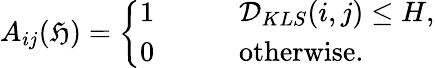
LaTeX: A_{ij}(\mathfrak{H})=\left\{ \begin{array}{ll}{1\qquad}&{\mathcal{D}_{KLS}(i,j)\leq H,}\\ {0}&{\mathrm{otherwise}.}\end{array}\right.